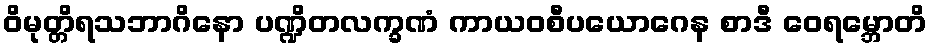
ဝိမုတ္တိရသဘာဂိနော ပဏ္ဍိတလက္ခဏံ ကာယဝစီပယောဂေန စာဒီ ဝေရမ္ဘောတိ